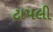
ટાપલી